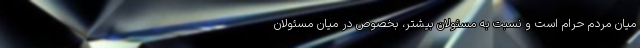
میان مردم حرام است و نسبت به مسئولان بیشتر، بخصوص در میان مسئولان